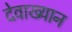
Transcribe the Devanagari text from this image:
देवाख्यान